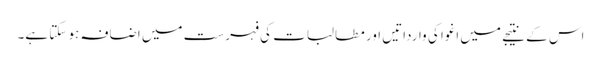
اس کے نتیجے میں اغوا کی وارداتیں اور مطالبات کی فہرست میں اضافہ ہو سکتا ہے۔